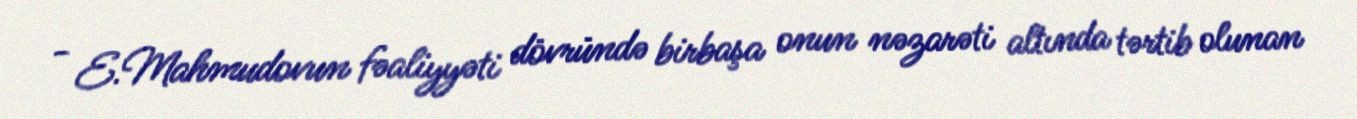
- E.Mahmudovun fəaliyyəti dövründə birbaşa onun nəzarəti altında tərtib olunan